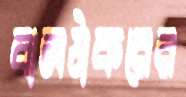
বালঠাকরের